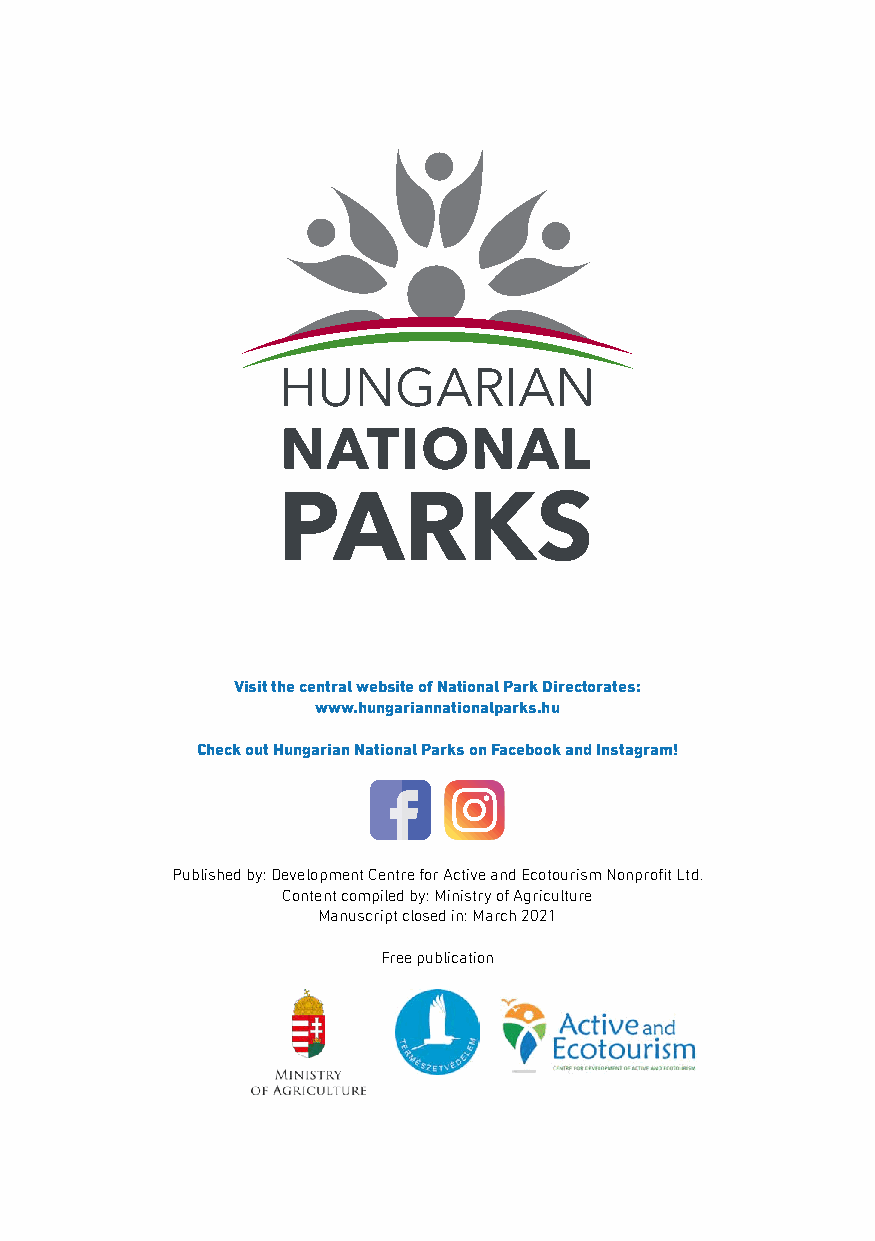
Visit the central website of National Park Directorates:
 www.hungariannationalparks.hu
 Check out Hungarian National Parks on Facebook and Instagram!
 Published by: Development Centre for Active and Ecotourism Nonprofit Ltd.
 Content compiled by: Ministry of Agriculture
 Manuscript closed in: March 2021
 Free publication